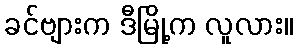
ခင်ဗျားက ဒီမြို့က လူလား။